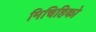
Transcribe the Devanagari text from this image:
मिचिहिको